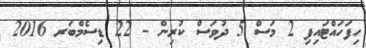
ހިފަހައްޓައިފި 2 މަސް 5 ދުވަސް ކުރިން - 22 ޑިސެމްބަރ 2016